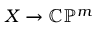
X \to \mathbb { C P } ^ { m }